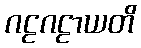
ဂဠဂဠာယတိ